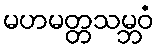
မဟမတ္တသမ္ဘဝံ